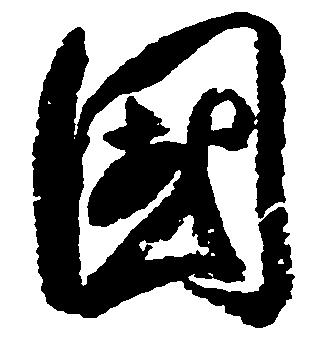
国